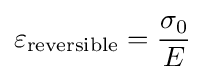
\varepsilon _{\mathrm {reversible} }={\frac {\sigma _{0}}{E}}